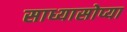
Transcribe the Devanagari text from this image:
साध्यासोप्या